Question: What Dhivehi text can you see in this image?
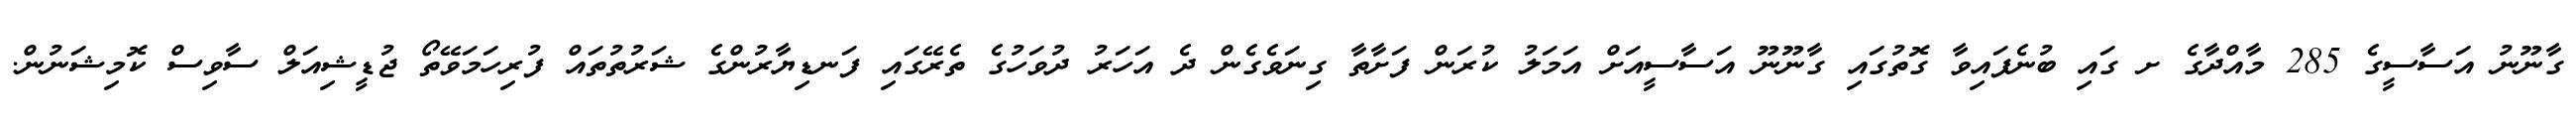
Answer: ގާނޫނު އަސާސީގެ 285 މާއްދާގެ ށ ގައި ބުނެފައިވާ ގޮތުގައި ގާނޫނޫ އަސާސީއަށް އަމަލު ކުރަން ފަށާތާ ގިނަވެގެން ދެ އަހަރު ދުވަހުގެ ތެރޭގައި ފަނޑިޔާރުންގެ ޝަރުތުތައް ފުރިހަމަވޭތޯ ޖުޑީޝިއަލް ސާވިސް ކޮމިޝަނުން.